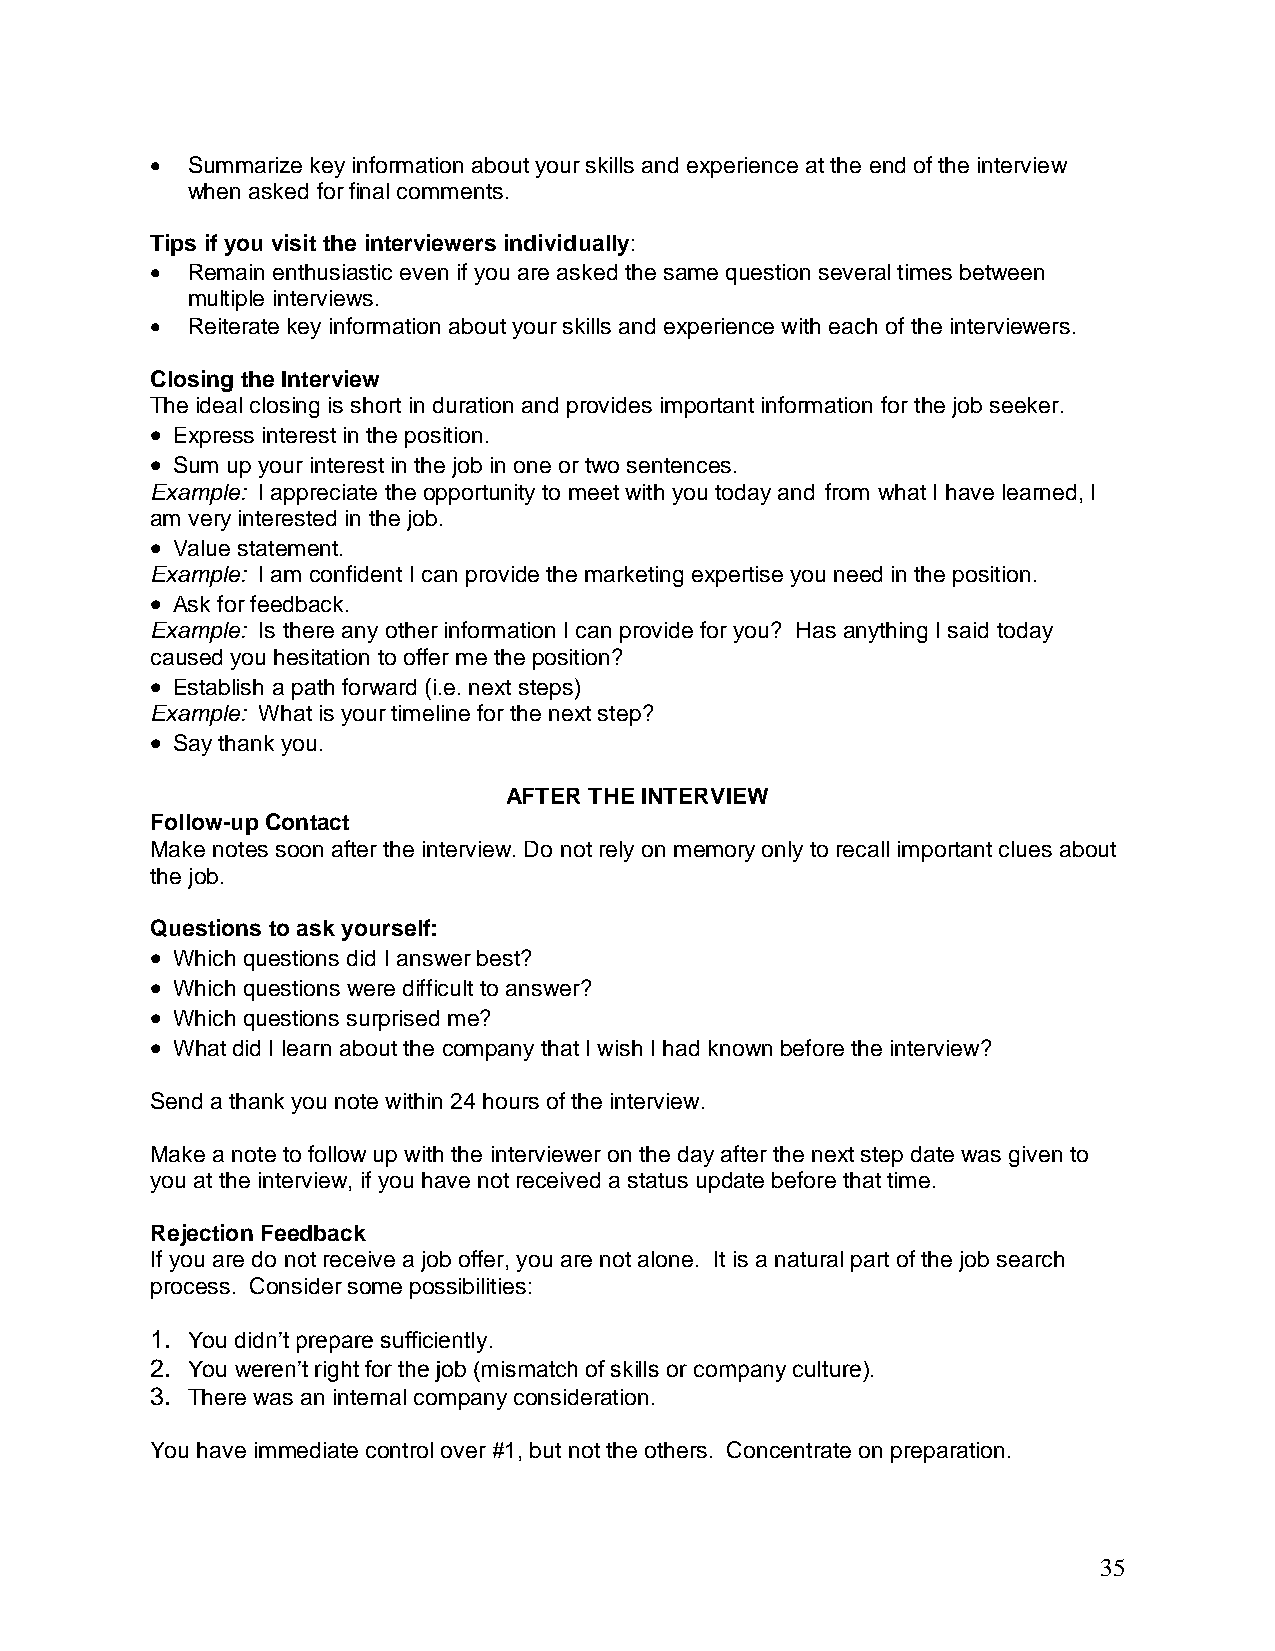
 Summarize key information about your skills and experience at the end of the interview
 when asked for final comments.
 Tips if you visit the interviewers individually:
  Remain enthusiastic even if you are asked the same question several times between
 multiple interviews.
  Reiterate key information about your skills and experience with each of the interviewers.
 Closing the Interview
 The ideal closing is short in duration and provides important information for the job seeker.
  Express interest in the position.
  Sum up your interest in the job in one or two sentences.
 Example: I appreciate the opportunity to meet with you today and from what I have learned, I
 am very interested in the job.
  Value statement.
 Example: I am confident I can provide the marketing expertise you need in the position.
  Ask for feedback.
 Example: Is there any other information I can provide for you? Has anything I said today
 caused you hesitation to offer me the position?
  Establish a path forward (i.e. next steps)
 Example: What is your timeline for the next step?
  Say thank you.
 AFTER THE INTERVIEW
 Follow-up Contact
 Make notes soon after the interview. Do not rely on memory only to recall important clues about
 the job.
 Questions to ask yourself:
  Which questions did I answer best?
  Which questions were difficult to answer?
  Which questions surprised me?
  What did I learn about the company that I wish I had known before the interview?
 Send a thank you note within 24 hours of the interview.
 Make a note to follow up with the interviewer on the day after the next step date was given to
 you at the interview, if you have not received a status update before that time.
 Rejection Feedback
 If you are do not receive a job offer, you are not alone. It is a natural part of the job search
 process. Consider some possibilities:
 1. You didn’t prepare sufficiently.
 2. You weren’t right for the job (mismatch of skills or company culture).
 3. There was an internal company consideration.
 You have immediate control over #1, but not the others. Concentrate on preparation.
 35